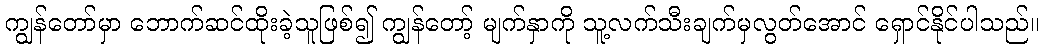
ကျွန်တော်မှာ ဘောက်ဆင်ထိုးခဲ့သူဖြစ်၍ ကျွန်တော့် မျက်နှာကို သူ့လက်သီးချက်မှလွတ်အောင် ရှောင်နိုင်ပါသည်။